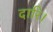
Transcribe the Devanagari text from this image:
दारि।